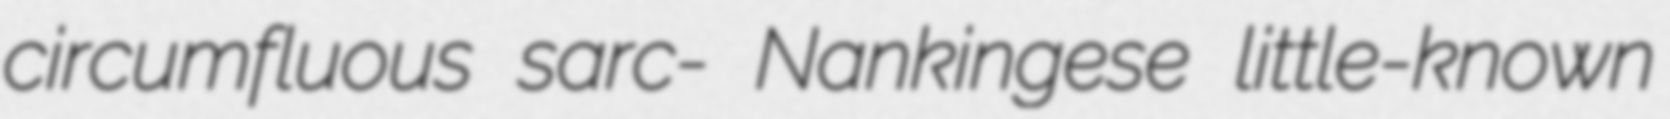
circumfluous sarc- Nankingese little-known